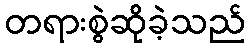
တရားစွဲဆိုခဲ့သည်